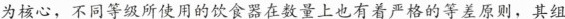
为核心，不同等级所使用的饮食器在数量上也有着严格的等差原则，其组